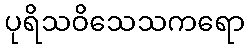
ပုရိသဝိသေသကရော